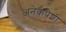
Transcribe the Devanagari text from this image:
अनेकपेशी